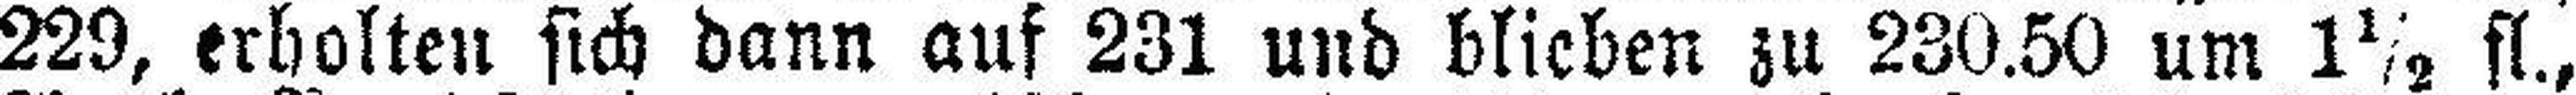
229, erholten sich dann auf 231 und blieben zu 230.50 um 1½ fl.,